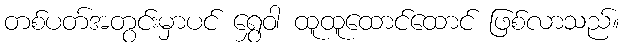
တစ်ပတ်အတွင်းမှာပင် ရွှေဝါ ထူထူထောင်ထောင် ဖြစ်လာသည်။